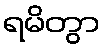
ရမိတွာ